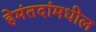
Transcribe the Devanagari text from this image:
हेमंतदांमधील